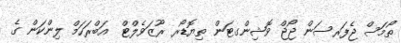
ތޯމަސް ޖެފަރސަން ޖޯޖް ވޮޝިންގޓަން ތިޔޮޑޯރ ރޫޒަވެލްޓް  އަބްރަހަމް ލިންކަން ގެ